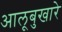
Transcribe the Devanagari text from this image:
आलूबुखारे